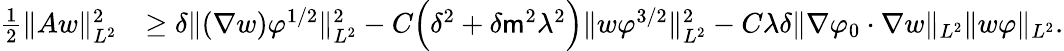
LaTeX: \begin{array}{rl}{\frac{1}{2}\| Aw\| _{L^{2}}^{2}}&{\geq\delta\| (\nabla w)\varphi^{1/2}\| _{L^{2}}^{2}-C\Big(\delta^{2}+\delta\mathsf{m}^{2}\lambda^{2}\Big)\| w\varphi^{3/2}\| _{L^{2}}^{2}-C\lambda\delta\| \nabla\varphi_{0}\cdot\nabla w\| _{L^{2}}\| w\varphi\| _{L^{2}}.}\end{array}